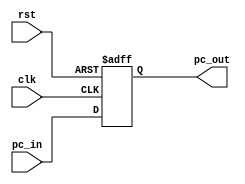
`timescale 1ns / 1ps
//////////////////////////////////////////////////////////////////////////////////
// Company: 
// Engineer: 
// 
// Design Name: 
// Module Name: PC
// Project Name: 
// Target Devices: 
// Tool Versions: 
// Description: 
// 
// Dependencies: 
// 
// Revision:
// Revision 0.01 - File Created
// Additional Comments:
// 
//////////////////////////////////////////////////////////////////////////////////


module PC(input clk,rst, input [5:0]pc_in, output reg [5:0] pc_out);
    
    always @(posedge clk or posedge rst)begin
        if(~rst)
        pc_out = pc_in;
        else
        pc_out=0;
    end

    
    
endmodule